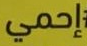
إحمي